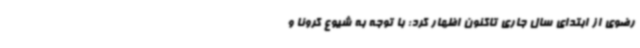
رضوی از ابتدای سال جاری تاکنون اظهار کرد: با توجه به شیوع کرونا و